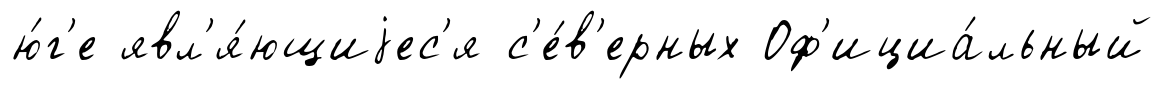
ю́г'е явл'я́ющиjес'я с'е́в'ерных Оф'ициа́льный